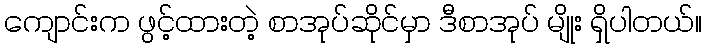
ကျောင်းက ဖွင့်ထားတဲ့ စာအုပ်ဆိုင်မှာ ဒီစာအုပ် မျိုး ရှိပါတယ်။